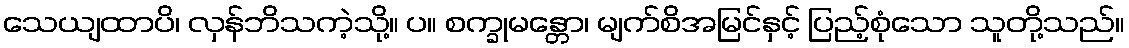
သေယျထာပိ၊ လှန်ဘိသကဲ့သို့။ ပ။ စက္ခုမန္တော၊ မျက်စိအမြင်နှင့် ပြည့်စုံသော သူတို့သည်။